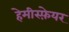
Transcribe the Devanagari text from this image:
हेमीस्फ़ेयर